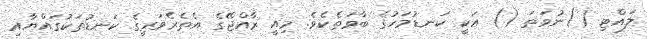
ލައްޓި ()ނުވަތަ () އަކީ ކަނޑުމަހުގެ ބާވަތެކެވެ. މިއީ ރާއްޖޭގެ އެތެރެވަރީގެ ކަނޑުތަކުގައްޔާއި